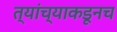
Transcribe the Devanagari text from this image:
त्‍यांच्याकडूनच